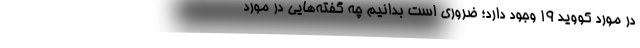
در مورد کووید ١٩ وجود دارد؛ ضروری است بدانیم چه گفته‌هایی در مورد